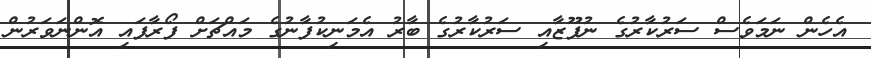
އެހެން ނަމަވެސް ސަރުކާރުގެ ނުފޫޒާއި ސަރުކާރުގެ ބާރު އެމަނިކުފާނުގެ މައްޗަށް ފޯރާފައި އޮންނަވަރުން